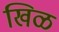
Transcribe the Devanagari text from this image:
खिळ